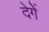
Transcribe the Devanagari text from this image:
देगेें